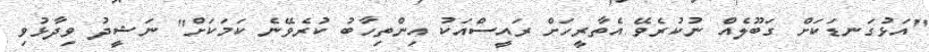
"އަޅުގަނޑަކަށް ގަބޫލެއް ނުކުރެވޭ އެތާރީހަށް ރައީސްއަކު އިންތިހާބު ކުރެވޭނެ ކަމަކަށް" ނަޝީދު ވިދާޅުވި